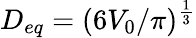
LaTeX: D_{eq}=(6V_{0}/\pi)^{\frac{1}{3}}